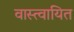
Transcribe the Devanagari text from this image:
वास्त्वायित